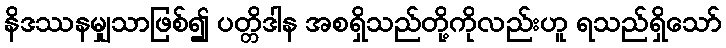
နိဒဿနမျှသာဖြစ်၍ ပတ္တိဒါန အစရှိသည်တို့ကိုလည်းဟူ ရသည်ရှိသော်